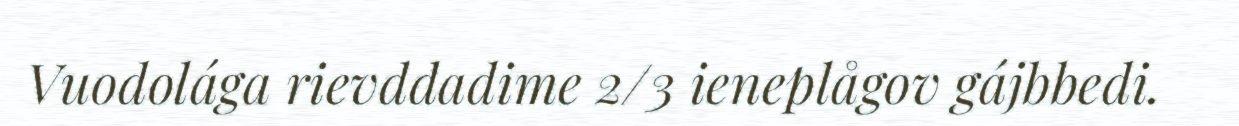
Vuodolága rievddadime 2/3 ieneplågov gájbbedi.